Lunatic asylums Madras 1892-1911 - 1892-1911
Year: 1892
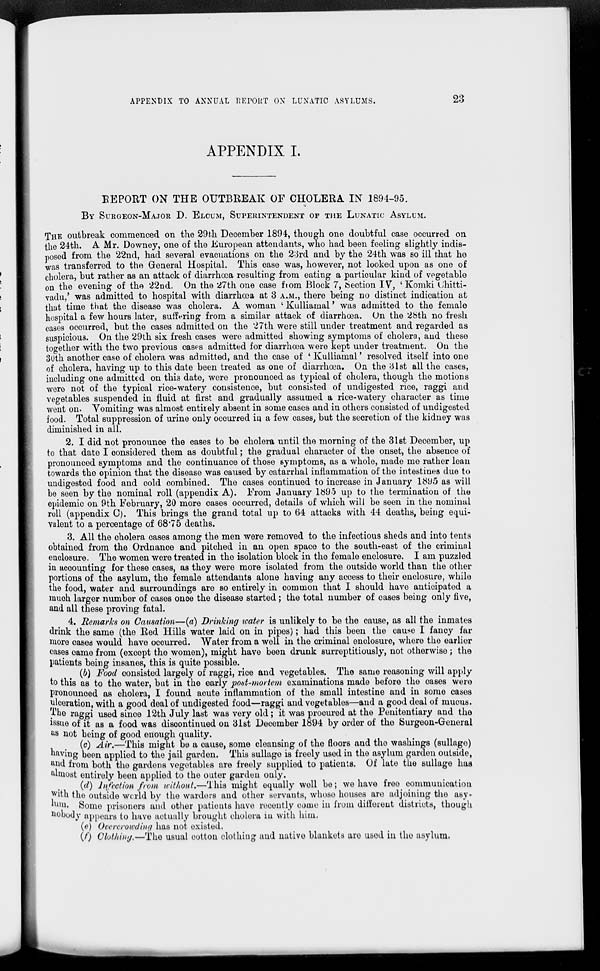
APPENDIX TO ANNUAL REPORT ON LUNATIC ASYLUMS.
23
APPENDIX I.
REPORT ON THE OUTBREAK OF CHOLERA IN 1894-95.
BY SURGEON-MAJOR D. ELCUM, SUPERINTENDENT OF THE LUNATIC ASYLUM.
THE outbreak commenced on the 29th December 1894, though one doubtful case occurred on
the 24th. A Mr. Downey, one of the European attendants, who had been feeling slightly indis-
posed from the 22nd, had several evacuations on the 23rd and by the 24th was so ill that he
was transferred to the General Hospital. This case was, however, not looked upon as one of
cholera, but rather as an attack of diarrhœa resulting from eating a particular kind of vegetable
on the evening of the 22nd. On the 27th one case from Block 7, Section IV, 'Komki Chitti-
vadu,' was admitted to hospital with diarrhœa at 3 A.M., there being no distinct indication at
that time that the disease was cholera. A woman 'Kulliamal' was admitted to the female
hospital a few hours later, suffering from a similar attack of diarrhœa. On the 28th no fresh
cases occurred, but the cases admitted on the 27th were still under treatment and regarded as
suspicious. On the 29th six fresh cases were admitted showing symptoms of cholera, and these
together with the two previous cases admitted for diarrhœa were kept under treatment. On the
30th another case of cholera was admitted, and the case of 'Kulliamal' resolved itself into one
of cholera, having up to this date been treated as one of diarrhœa. On the 31st all the cases,
including one admitted on this date, were pronounced as typical of cholera, though the motions
were not of the typical rice-watery consistence, but consisted of undigested rice, raggi and
vegetables suspended in fluid at first and gradually assumed a rice-watery character as time
went on. Vomiting was almost entirely absent in some cases and in others consisted of undigested
food. Total suppression of urine only occurred in a few cases, but the secretion of the kidney was
diminished in all.
2. I did not pronounce the cases to be cholera until the morning of the 31st December, up
to that date I considered them as doubtful; the gradual character of the onset, the absence of
pronounced symptoms and the continuance of those symptoms, as a whole, made me rather lean
towards the opinion that the disease was caused by catarrhal inflammation of the intestines due to
undigested food and cold combined. The cases continued to increase in January 1895 as will
be seen by the nominal roll (appendix A). From January 1895 up to the termination of the
epidemic on 9th February, 20 more cases occurred, details of which will be seen in the nominal
roll (appendix C). This brings the grand total up to 64 attacks with 44 deaths, being equi-
valent to a percentage of 68.75 deaths.
3. All the cholera cases among the men were removed to the infectious sheds and into tents
obtained from the Ordnance and pitched in an open space to the south-east of the criminal
enclosure. The women were treated in the isolation block in the female enclosure. I am puzzled
in accounting for these cases, as they were more isolated from the outside world than the other
portions of the asylum, the female attendants alone having any access to their enclosure, while
the food, water and surroundings are so entirely in common that I should have anticipated a
much larger number of cases once the disease started; the total number of cases being only five,
and all these proving fatal.
4. Remarks on Causation—(a) Drinking water is unlikely to be the cause, as all the inmates
drink the same (the Red Hills water laid on in pipes); had this been the cause I fancy far
more cases would have occurred. Water from a well in the criminal enclosure, where the earlier
cases came from (except the women), might have been drunk surreptitiously, not otherwise ; the
patients being insanes, this is quite possible.
(b) Food consisted largely of raggi, rice and vegetables. The same reasoning will apply
to this as to the water, but in the early post-mortem examinations made before the cases were
pronounced as cholera, I found acute inflammation of the small intestine and in some cases
ulceration, with a good deal of undigested food—raggi and vegetables—and a good deal of mucus.
The raggi used since 12th July last was very old ; it was procured at the Penitentiary and the
issue of it as a food was discontinued on 31st December 1894 by order of the Surgeon-General
as not being of good enough quality.
(c) Air.—This might be a cause, some cleansing of the floors and the washings (sullage)
having been applied to the jail garden. This sullage is freely used in the asylum garden outside,
and from both the gardens vegetables are freely supplied to patients. Of late the sullage has
almost entirely been applied to the outer garden only.
(d) Infection from without.—This might equally well be; we have free communication
with the outside world by the warders and other servants, whose houses are adjoining the asy-
lum. Some prisoners and other patients have recently come in from different districts, though
Nobody appears to have actually brought cholera in with him.
(e) Overcrowding has not existed.
(f) Clothing.—The usual cotton, clothing and native blankets are used in the asylum.